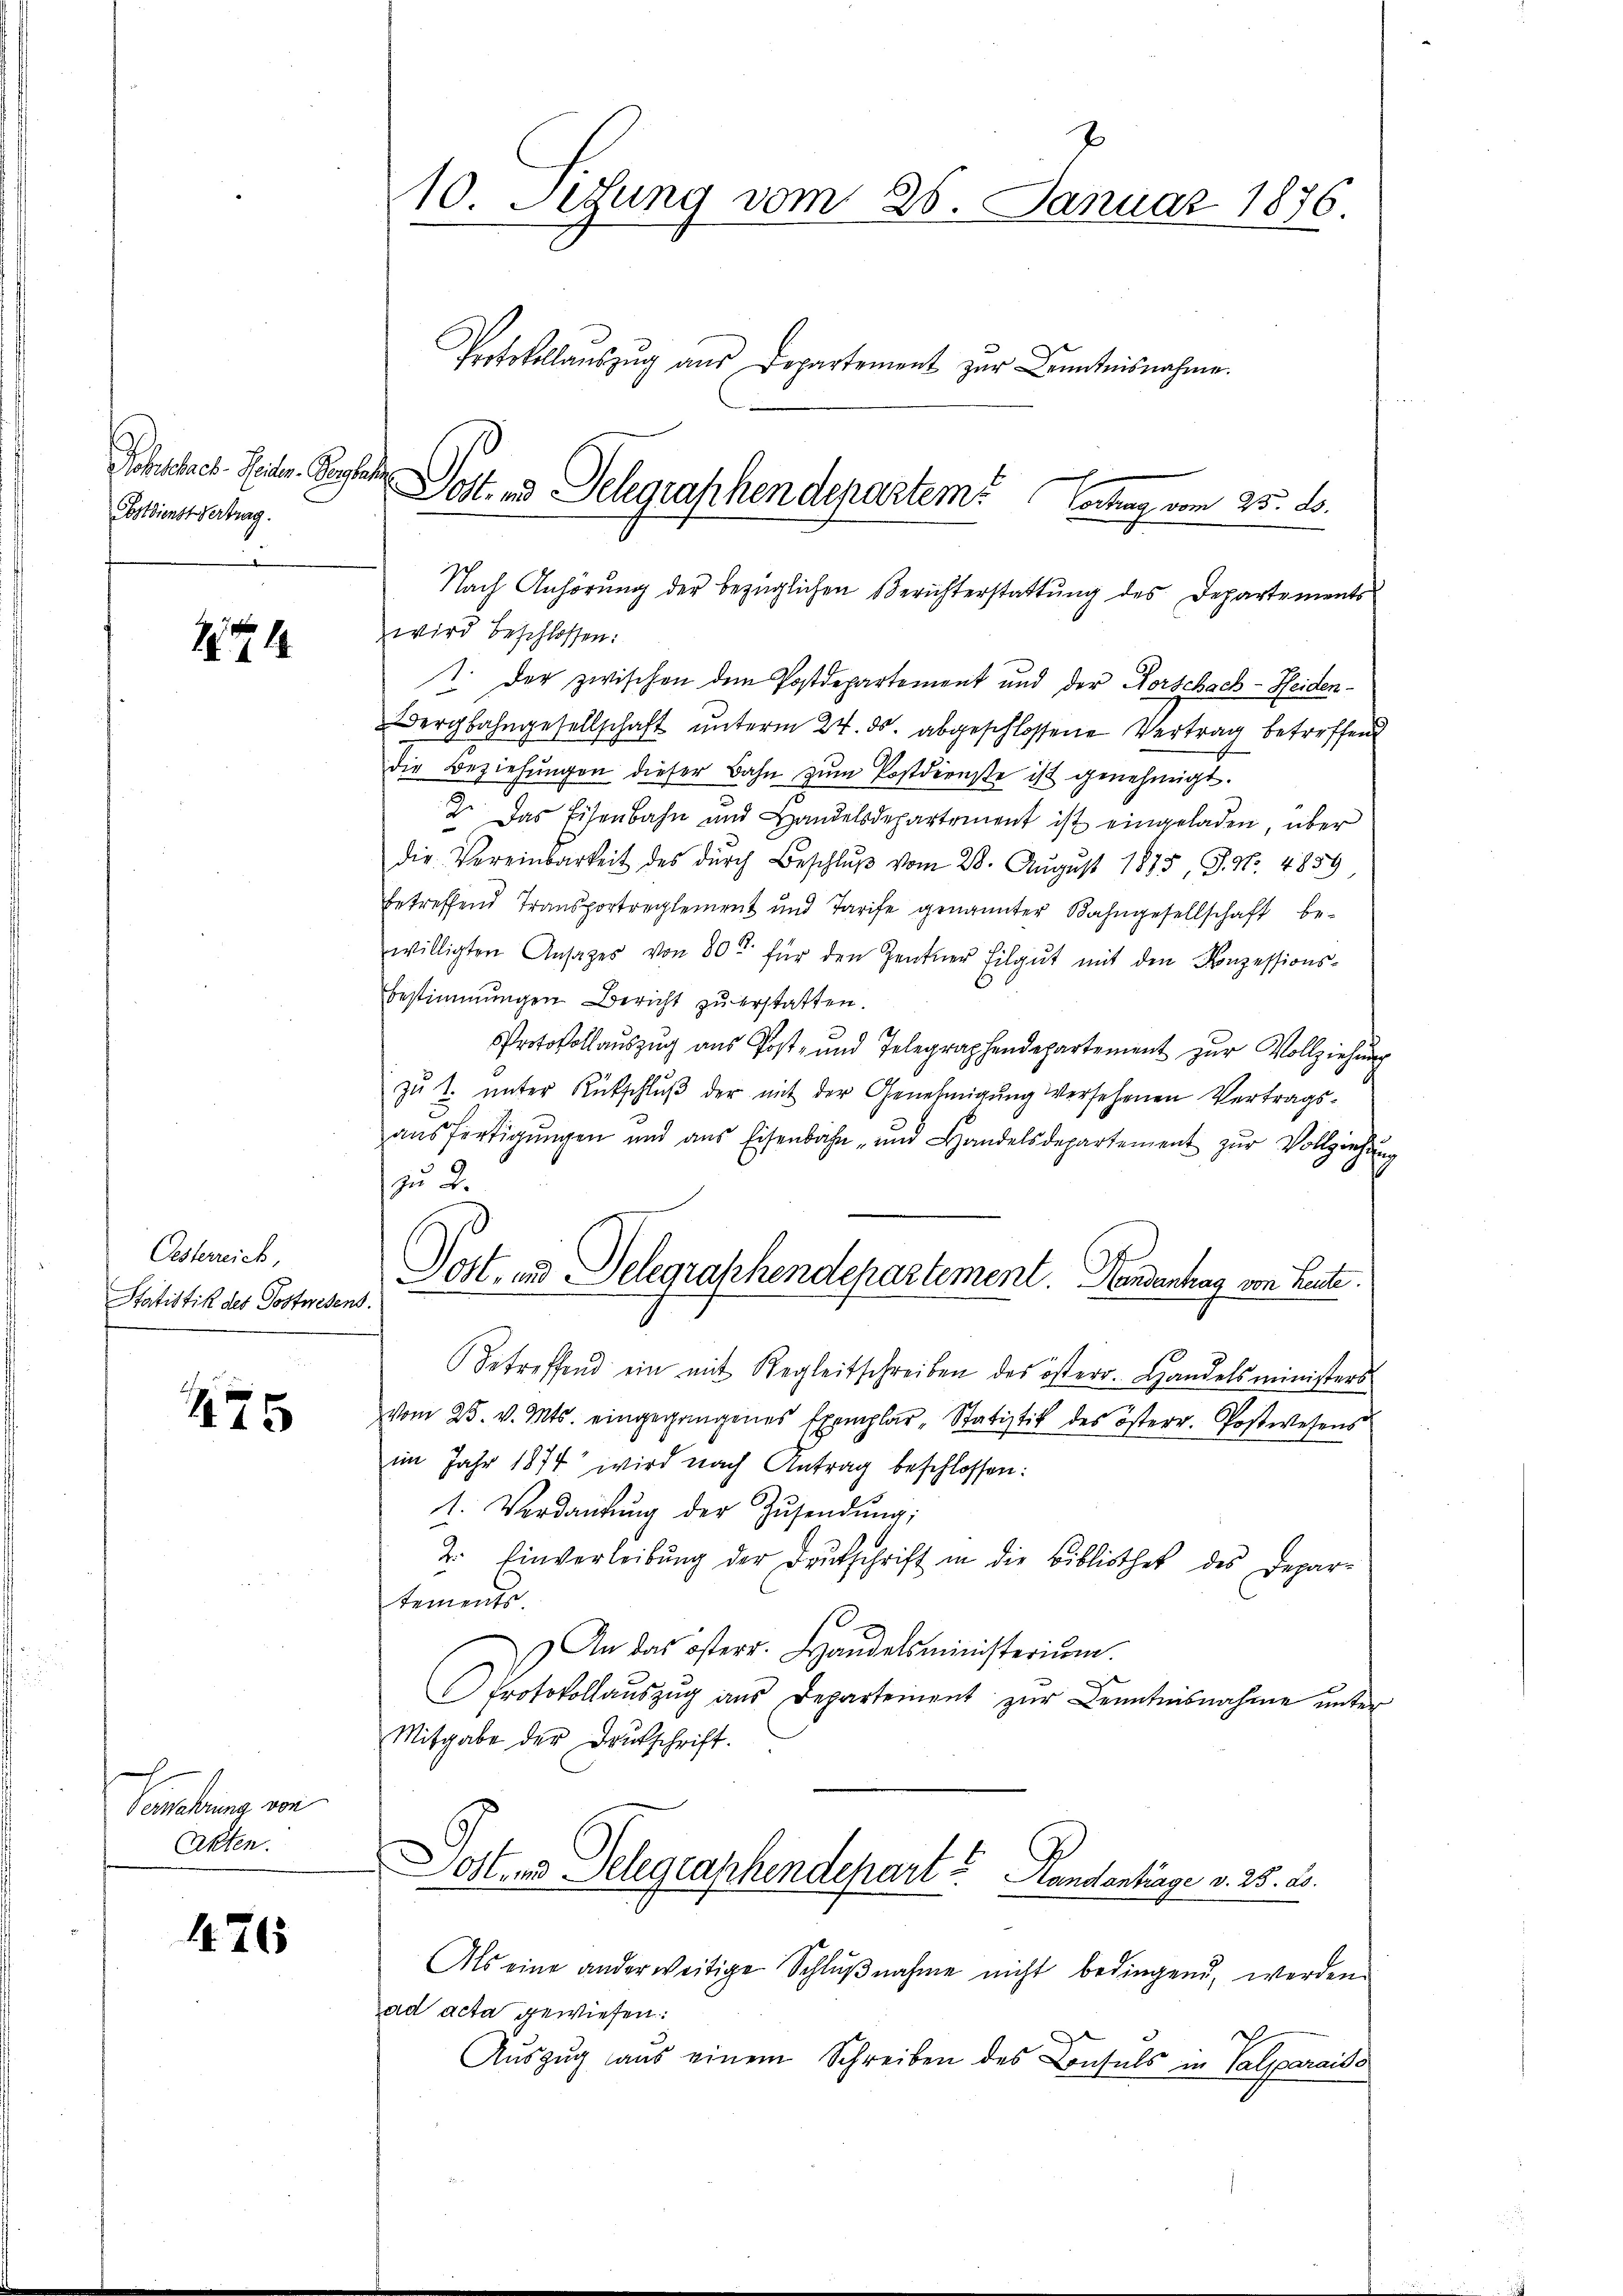
Pohschnet. Seiter. Verles
Postdienst Vertrag.
2

141

Oesterreich,
Statistik des Postwesen

1475

Vention von
Akten.

1176

10. Setzung vom 25. Januar 1876.
Protokollaŭszŭg aŭs Departement zŭr Kenntnisnahme.

wird beschlossen:
1. Der zwischen dem Postdepartement und der Forschach-Heiden¬
Bergbahngesellschaft unterm 24. ds. abgeschlossene Vertrag betreffend
die Beziehŭngen dieser Bahn zŭm Postdienste ist genehmigt.
2. Das Eisenbahn und Handelsdepartement ist eingeladen, über
die Vereinbarkeit des dŭrch Beschlŭβ vom 28. August 1885, S. Nr. 4859
betreffend Transportreglement und Tarife genannter Bahngesellschaft bewilligten Ansages von 80 für den Zentner Filgŭt mit den Konzessions-
bestimmungen Bericht zu erstatten.
Protokoll aŭszŭg aŭs Post- und Telegraphendepartement zŭr Vollziehŭng
zu 2. unter Rütschluß der mit der Genehmigung versehenen Vertragsaŭsfertigŭngen und aus Eisenbahn- und Handelsdepartement zŭr Vollziehen
zu 2.
Dost, und Delegraphendepartement. Handenhag von Leute.
.
Betreffend ein mit Regleitschreiben des österr. Handelsministers
vom 25. v. Mts. eingegangenes Exemplar-Statistik des österr. Postwesens
im Jahr 1874 wird nach Antrag beschlossen:
1. Verdankŭng der Zŭsendŭng;
2. Einverleibŭng der Deutschrift in die Bibliothek des Depar-
tements
) An das österr. Handelsministerŭm.
Protokollaŭszŭg aŭs Departement zŭr Kenntnisnahme unter
Mitgabe der Deutschrift.

Dost- und Telegraphendepartem Verhag vom 25. ds.
Nach Anhörung der bezüglichen Berichterstattung des Departements

ost- und Telegraphendepart. Handanträge v. 25. 23.

Als eine anderweitige Schlŭβnahme nicht bedingend, werden
ad acta gewiesen:
Auszug aus einem Schreiben des Consuls in Valmaraiso